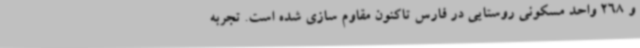
و 268 واحد مسکونی روستایی در فارس تاکنون مقاوم سازی شده است. تجربه